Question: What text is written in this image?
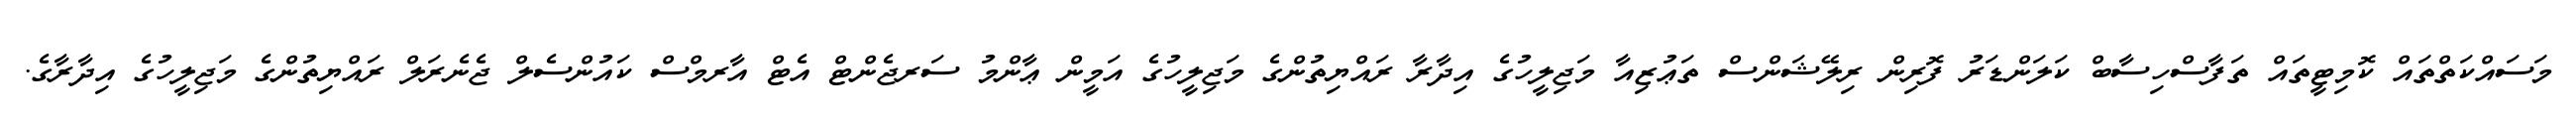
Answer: މަސައްކަތްތައް ކޮމިޓީތައް ތަފާސްހިސާބް ކަލަންޑަރު ފޮރިން ރިލޭޝަންސް ތަޢުޒިއާ މަޖިލީހުގެ އިދާރާ ރައްޔިތުންގެ މަޖިލީހުގެ އަމީން ޢާންމު ސަރޖެންޓް އެޓް އާރމްސް ކައުންސެލް ޖެނެރަލް ރައްޔިތުންގެ މަޖިލީހުގެ އިދާރާގެ.